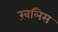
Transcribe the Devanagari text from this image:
ख़लिस